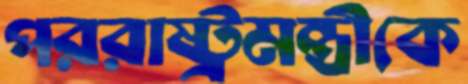
পররাষ্ট্রমন্ত্রীকে